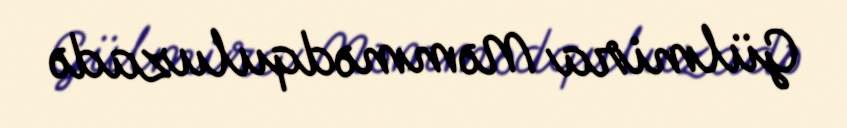
Gülmira Məmmədquluzadə